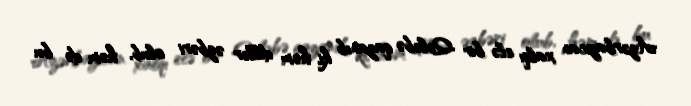
Azərbaycan xalqı elə bir Qələbə qazanıb ki, həm dillər əzbəri olub, həm də bu